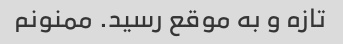
تازه و به موقع رسید. ممنونم